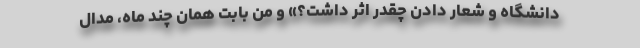
دانشگاه و شعار دادن چقدر اثر داشت؟» و من بابت همان چند ماه، مدال